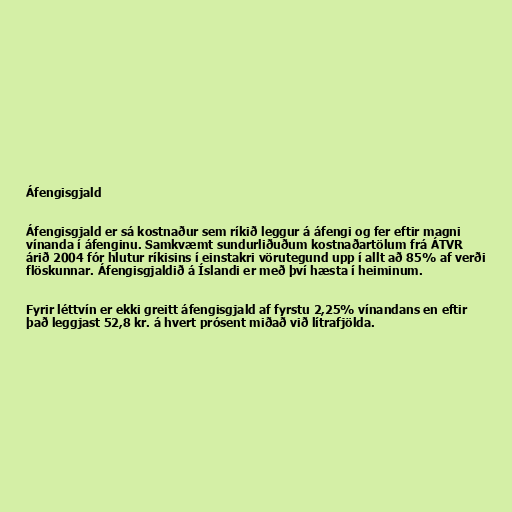
Áfengisgjald

Áfengisgjald er sá kostnaður sem ríkið leggur á áfengi og fer eftir magni
vínanda í áfenginu. Samkvæmt sundurliðuðum kostnaðartölum frá ÁTVR
árið 2004 fór hlutur ríkisins í einstakri vörutegund upp í allt að 85% af verði
flöskunnar. Áfengisgjaldið á Íslandi er með því hæsta í heiminum.

Fyrir léttvín er ekki greitt áfengisgjald af fyrstu 2,25% vínandans en eftir
það leggjast 52,8 kr. á hvert prósent miðað við lítrafjölda.